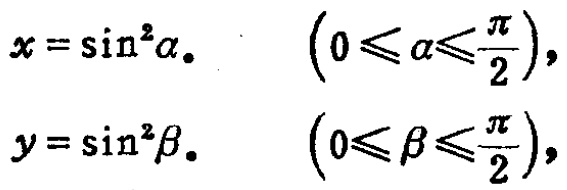
\[

x = \sin^{2}\alpha.\quad\left(0\leqslant\alpha\leqslant\frac{\pi}{2}\right),\\

y = \sin^{2}\beta.\quad\left(0\leqslant\beta\leqslant\frac{\pi}{2}\right),

\]